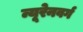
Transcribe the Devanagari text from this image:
न्यूरेनवर्ग